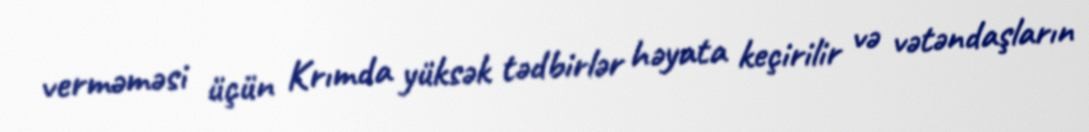
verməməsi üçün Krımda yüksək tədbirlər həyata keçirilir və vətəndaşların